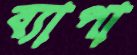
ব্যাপা